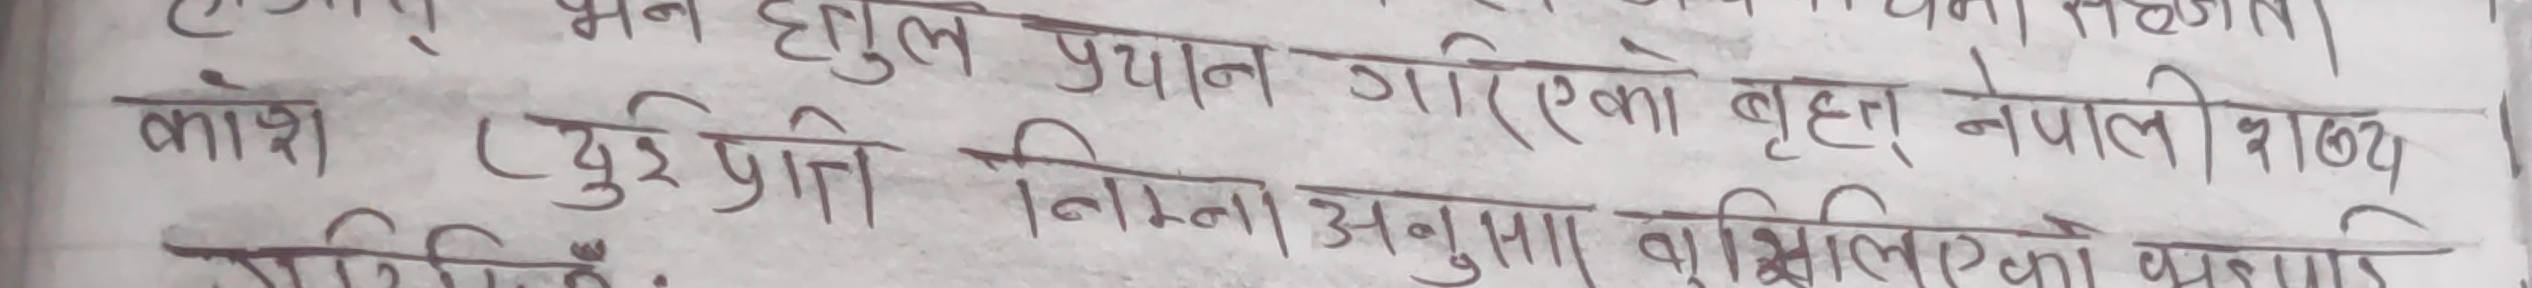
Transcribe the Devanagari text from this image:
काश (दुई प्रतिशत, निम्नानुसार प्रशिक्षण